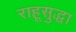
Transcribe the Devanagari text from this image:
राहूसुद्धा